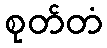
စုတ်တံ